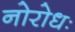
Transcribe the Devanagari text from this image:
नोरोधः